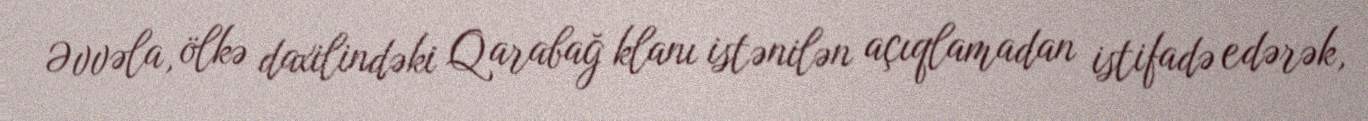
Əvvəla, ölkə daxilindəki Qarabağ klanı istənilən açıqlamadan istifadə edərək,